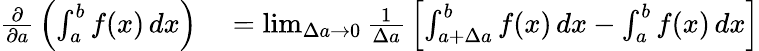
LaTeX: \begin{array}{rl}{{\frac{\partial}{\partial a}}\left(\int_{a}^{b}f(x)\, dx\right)}&{{}=\operatorname*{lim}_{\Delta a\to 0}{\frac{1}{\Delta a}}\left[\int_{a+\Delta a}^{b}f(x)\, dx-\int_{a}^{b}f(x)\, dx\right]}\end{array}